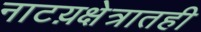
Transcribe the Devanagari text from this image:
नाटय़क्षेत्रातही